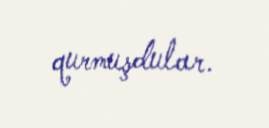
qurmuşdular.